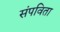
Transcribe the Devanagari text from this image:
संपविता